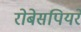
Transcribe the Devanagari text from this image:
रोबेसपियरे